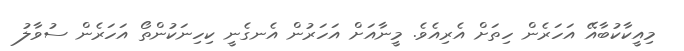
މިއީކާކުބާއޭ އަހަރެން ހިތަށް އެރިއެވެ. މީނާއަށް އަހަރުން އެނގެނީ ކިހިނަކުންތޯ އަހަރެން ސުވާލު